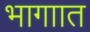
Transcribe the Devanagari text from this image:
भागाात